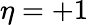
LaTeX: \eta=+1